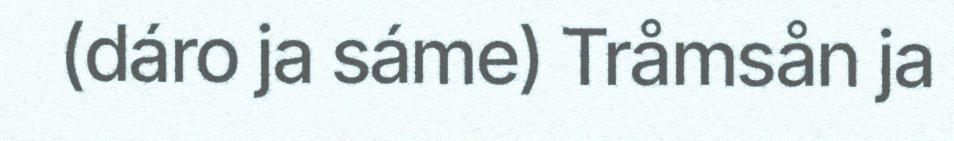
(dáro ja sáme) Tråmsån ja